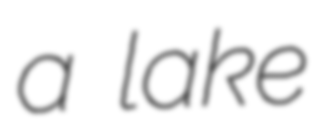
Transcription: a lake